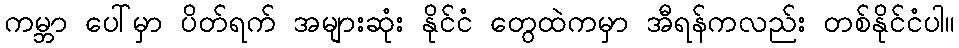
ကမ္ဘာ ပေါ်မှာ ပိတ်ရက် အများဆုံး နိုင်ငံ တွေထဲကမှာ အီရန်ကလည်း တစ်နိုင်ငံပါ။